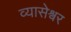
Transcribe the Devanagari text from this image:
व्यासेश्वर